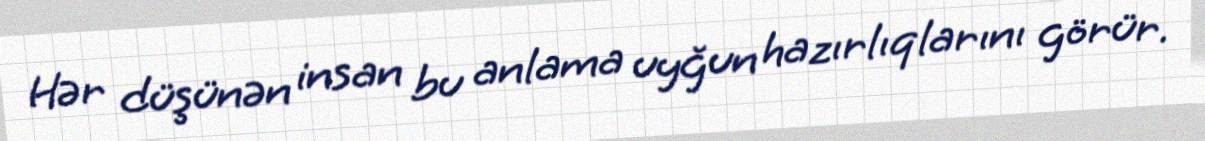
Hər düşünən insan bu anlama uyğun hazırlıqlarını görür.